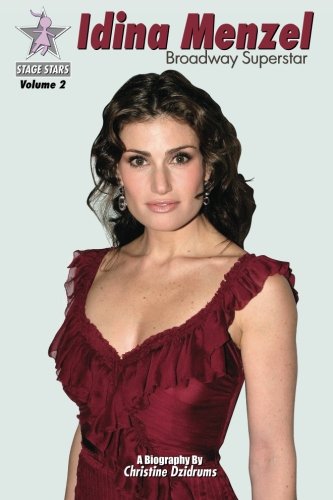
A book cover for Idina Menzel: Broadway Superstar: StageStars Volume 2; Christine Dzidrums; Children's Books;